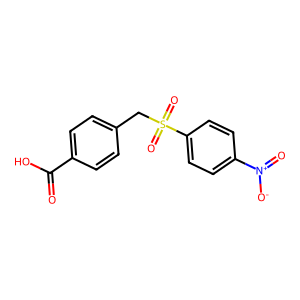
SMILES: O=C(O)c1ccc(CS(=O)(=O)c2ccc([N+](=O)[O-])cc2)cc1
Inhibits HIV replication: No